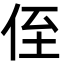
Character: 侄